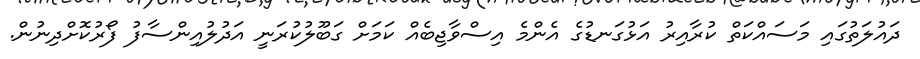
ދައުލަތުގައި މަސައްކަތް ކުރާއިރު އަޅުގަނޑުގެ އެންމެ އިސްވާޖިބެއް ކަމަށް ގަބޫލުކުރަނީ އަދުލުއިންސާފު ފޯރުކޮށްދިނުން.